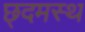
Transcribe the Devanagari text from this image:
छ्दमस्थ